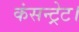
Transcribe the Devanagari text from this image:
कंसन्ट्रेट।